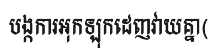
បង្កការអុកឡុកដេញវាយគ្នា(